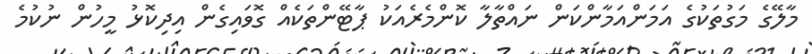
މާލޭގެ މަގުތަކުގެ އަމަންއަމާންކަން ނައްތާލާ ކޮންމެރެއަކު ޕާޓޭންތަކެއް ގޮވައިގެން އިދިކޮޅު މީހުން ނުކުމެ